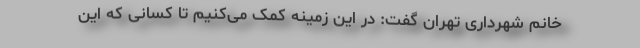
خانم شهرداری تهران گفت: در این زمینه کمک می‌کنیم تا کسانی که این